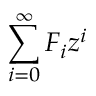
\sum _ { i = 0 } ^ { \infty } F _ { i } z ^ { i }